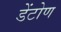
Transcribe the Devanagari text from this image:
डेंटोण